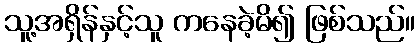
သူ့အရှိန်နှင့်သူ ကနေခဲ့မိ၍ ဖြစ်သည်။